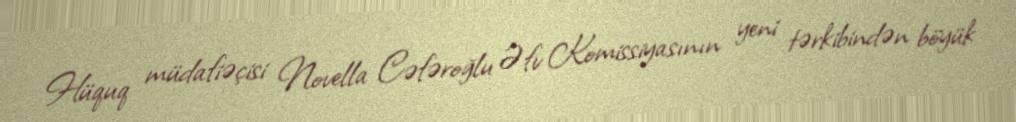
Hüquq müdafiəçisi Novella Cəfəroğlu Əfv Komissiyasının yeni tərkibindən böyük